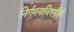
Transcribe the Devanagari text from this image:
निर्गमनाविषयीही